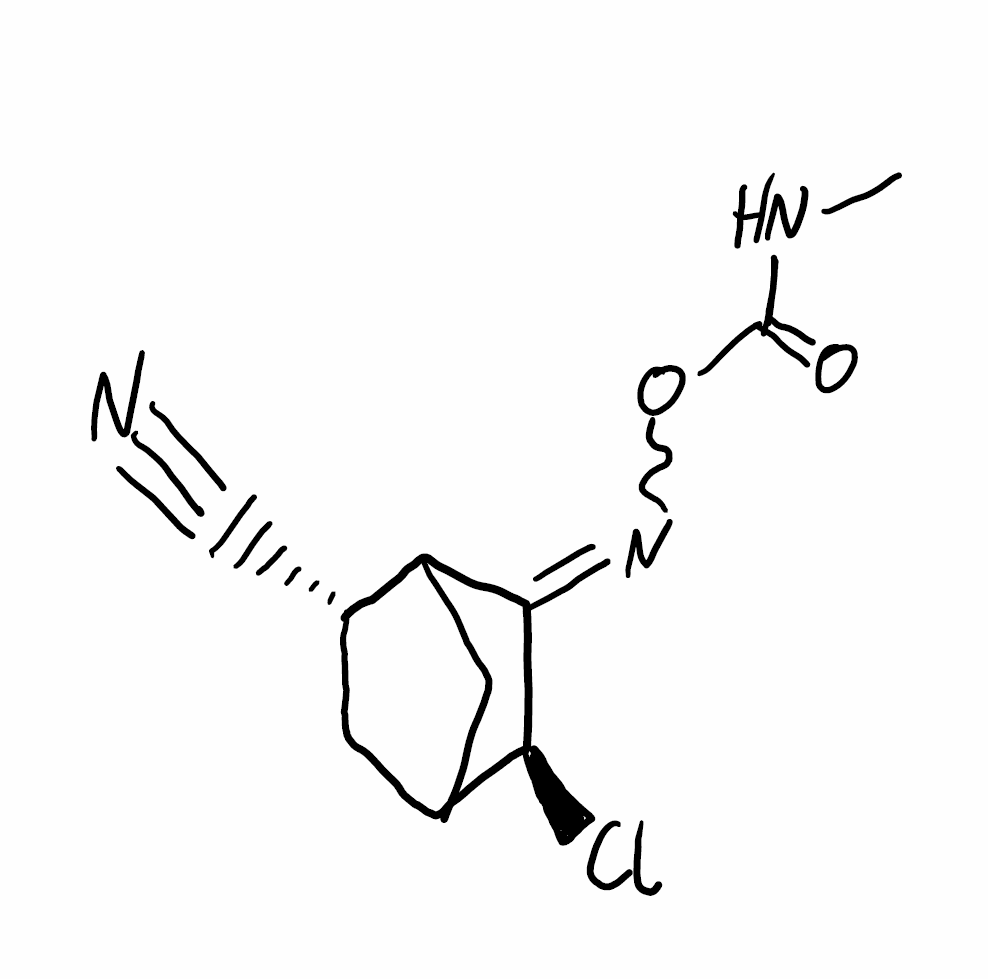
Simplified molecular-input line-entry system (SMILES) notation of the given molecule:
CNC(=O)ON=C1[C@H](C2C[C@@H](C1C2)C#N)Cl